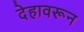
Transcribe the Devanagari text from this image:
देहावरून